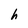
Character: h